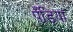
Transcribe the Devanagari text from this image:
पँड़िया